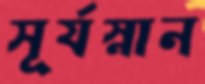
সূর্যস্নান